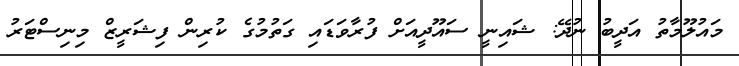
މައުލޫމާތު އަދީބު ނުދޭ: ޝައިނީ ސައޫދީއަށް ފުރާވަޑައި ގަތުމުގެ ކުރިން ފިޝަރީޒް މިނިސްޓަރު